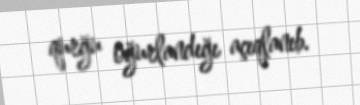
qurğu oğurlandığı açıqlanıb.